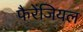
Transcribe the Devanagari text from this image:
फैरेंजियल